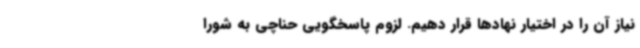
نیاز آن را در اختیار نهادها قرار دهیم. لزوم پاسخگویی حناچی به شورا